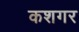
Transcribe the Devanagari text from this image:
कशगर